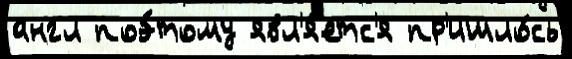
англ поэ́тому явл'я́етс'я пр'ишло́сь